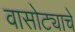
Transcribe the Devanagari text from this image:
वासोट्याचे